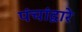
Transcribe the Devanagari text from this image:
पंचांद्वारे